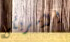
الأمريكى